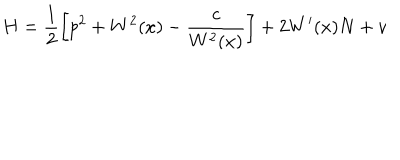
H = \frac 1 2 \left[ p ^ { 2 } + W ^ { 2 } ( x ) - \frac { c } { W ^ { 2 } ( x ) } \right] + 2 W ^ { \prime } ( x ) N + v